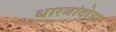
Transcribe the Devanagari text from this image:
धारबांदोडा